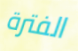
الفترة